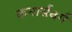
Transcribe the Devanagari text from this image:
कनार्सबर्ग